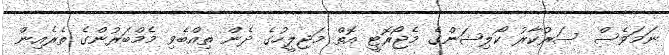
ނަމަވެސް ސަރުކާރު ކޯލިޝަންގެ މެޖޯރޮޓީ އޮތް މަޖިލީހުގެ ދެން ތިއްބެވި މެމްބަރުންގެ ތެރެއިން